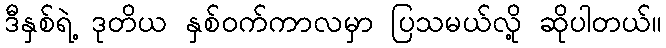
ဒီနှစ်ရဲ့ ဒုတိယ နှစ်ဝက်ကာလမှာ ပြသမယ်လို့ ဆိုပါတယ်။